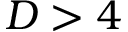
D > 4